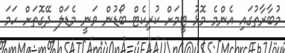
މުބާރާތުގައި އެންމެ މޮޅު ޓީމަށް ކުރިކެޓް ބޯޑުން ވަނީ މެޑަލް ދޭގޮތަށް ހަމަ